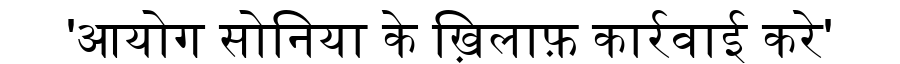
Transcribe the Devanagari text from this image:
'आयोग सोनिया के ख़िलाफ़ कार्रवाई करे'